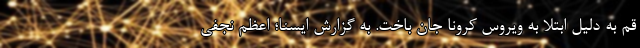
قم به دلیل ابتلا به ویروس کرونا جان باخت. به گزارش ایسنا؛ اعظم نجفی